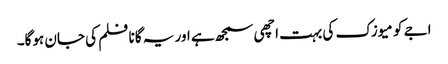
اجے کو میوزک کی بہت اچھی سمجھ ہے اور یہ گانا فلم کی جان ہوگا۔